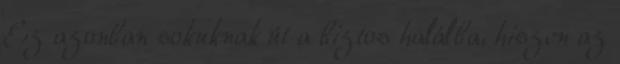
Ez azonban sokuknak út a biztos halálba, hiszen az